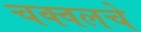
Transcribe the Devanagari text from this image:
चक्वलचे